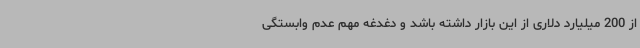
از 200 میلیارد دلاری از این بازار داشته باشد و دغدغه مهم عدم وابستگی